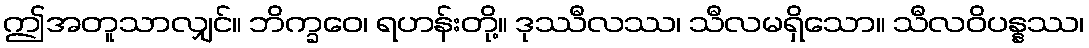
ဤအတူသာလျှင်။ ဘိက္ခဝေ၊ ရဟန်းတို့။ ဒုဿီလဿ၊ သီလမရှိသော။ သီလဝိပန္နဿ၊